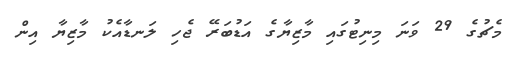
މެޗުގެ 29 ވަނަ މިނިޓުގައި މާޒިޔާގެ އަޑުބަރޭ ޖެހި ލަނޑާއެކު މާޒިޔާ އިން